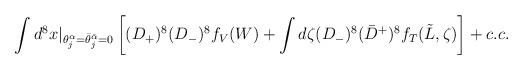
LaTeX: \begin{align*}\int d^8 x\vert_{\theta^{\alpha}_j=\bar\theta^{\bar\alpha}_j=0}\left[ (D_+)^8 (D_-)^8 f_V(W)+\int d\zeta (D_-)^8 (\bar D^{+})^8 f_T(\tilde L,\zeta) \right]+c.c.\end{align*}